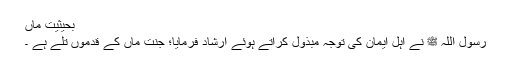
بحیثیت ماں
رسول اللہ ﷺ نے اہلِ ایمان کی توجہ مبذول کراتے ہوئے ارشاد فرمایا؛ جنت ماں کے قدموں تلے ہے ۔